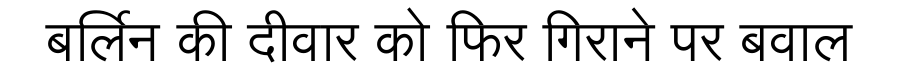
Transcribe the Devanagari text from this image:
बर्लिन की दीवार को फिर गिराने पर बवाल